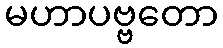
မဟာပဗ္ဗတော